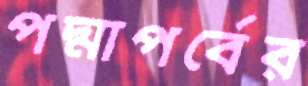
পদ্মাপর্বের